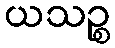
ယသဉ္စ